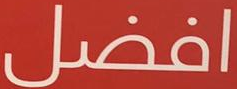
افضل